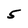
Character: 5